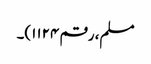
مسلم، رقم ۱۱۲۴)۔